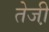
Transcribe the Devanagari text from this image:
तेजी़